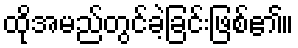
ထိုအမည်တွင်ခဲ့ခြင်းဖြစ်၏။